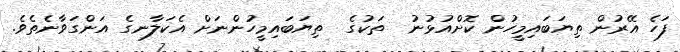
ފަހެ އޭރުން ތިޔަބައިމީހުން ކޮށްއުޅުނު  ތަކުގެ  ތިޔަބައިމީހުންނަށް އެކަލާނގެ އަންގަވާނެތެވެ.